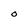
Character: O